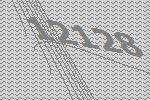
12128